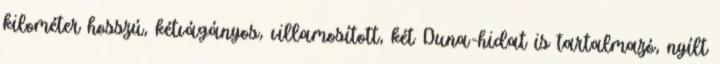
kilométer hosszú, kétvágányos, villamosított, két Duna-hidat is tartalmazó, nyílt